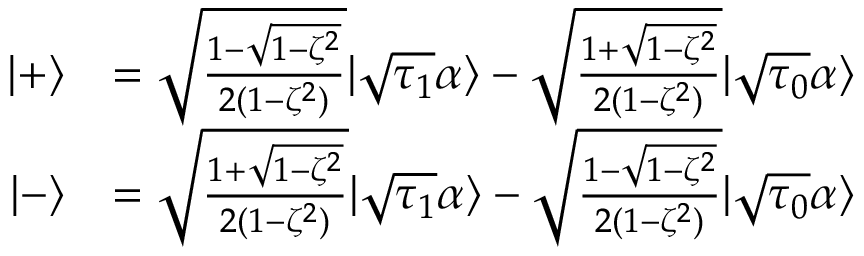
\begin{array} { r l } { | + \rangle } & { = \sqrt { \frac { 1 - \sqrt { 1 - \zeta ^ { 2 } } } { 2 ( 1 - \zeta ^ { 2 } ) } } | \sqrt { \tau _ { 1 } } \alpha \rangle - \sqrt { \frac { 1 + \sqrt { 1 - \zeta ^ { 2 } } } { 2 ( 1 - \zeta ^ { 2 } ) } } | \sqrt { \tau _ { 0 } } \alpha \rangle } \\ { | - \rangle } & { = \sqrt { \frac { 1 + \sqrt { 1 - \zeta ^ { 2 } } } { 2 ( 1 - \zeta ^ { 2 } ) } } | \sqrt { \tau _ { 1 } } \alpha \rangle - \sqrt { \frac { 1 - \sqrt { 1 - \zeta ^ { 2 } } } { 2 ( 1 - \zeta ^ { 2 } ) } } | \sqrt { \tau _ { 0 } } \alpha \rangle } \end{array}